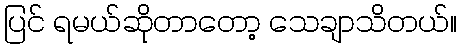
ပြင် ရမယ်ဆိုတာတော့ သေချာသိတယ်။